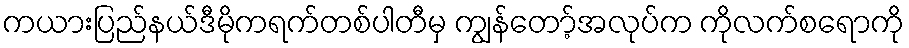
ကယားပြည်နယ်ဒီမိုကရက်တစ်ပါတီမှ ကျွန်တော့်အလုပ်က ကိုလက်စရောကို